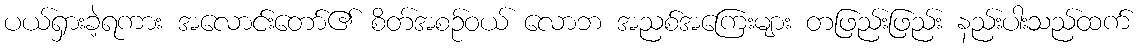
ပယ်ရှားခဲ့ရကား အလောင်းတော်၏ စိတ်အစဉ်ဝယ် လောဘ အညစ်အကြေးများ တဖြည်းဖြည်း နည်းပါးသည်ထက်